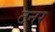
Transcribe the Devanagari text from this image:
टनर